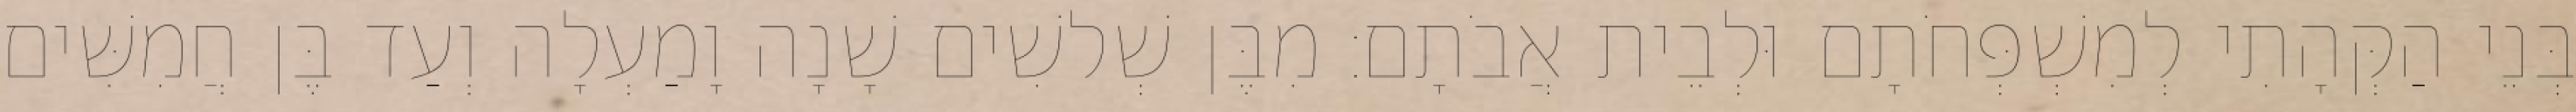
בְּנֵי הַקְּהָתִי לְמִשְׁפְּחֹתָם וּלְבֵית אֲבֹתָם׃ מִבֶּן שְׁלשִׁים שָׁנָה וָמַעְלָה וְעַד בֶּן חֲמִשִּׁים